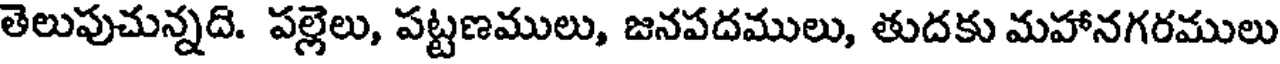
తెలుపుచున్నది. పల్లెలు, పట్టణములు, జనపదములు, తుదకు మహానగరములు